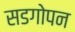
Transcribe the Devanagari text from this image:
सडगोपन